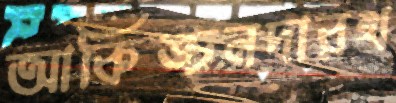
আকিঙ্চনদারখ